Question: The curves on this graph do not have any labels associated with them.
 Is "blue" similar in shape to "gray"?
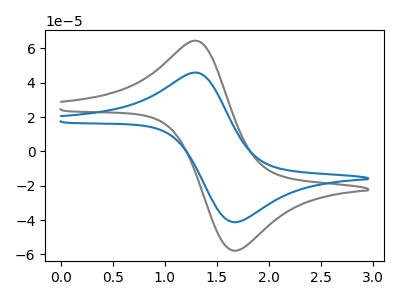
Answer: <think>The gray curve "gray" has an anodic peak at (1.30V, 64.45uA) and a cathodic peak at (1.65V, -57.85uA). The blue curve "blue" has an anodic peak at (1.30V, 45.90uA) and a cathodic peak at (1.65V, -41.20uA).
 All the peaks in "blue" have a peak in "gray" at the same potential. Every peak in "blue" is lower than every peak in "gray".</think>
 <answer>"blue" and "gray" are similar in shape.</answer>
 <eval>same_shape</eval>